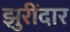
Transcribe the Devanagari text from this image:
झुरींदार